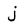
Character: j